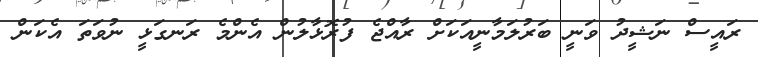
ރައީސް ނަޝީދު ވަނީ ބަރުލަމާނީއަކަށް ރާއްޖެ ފުރޮޅާލުން އެންމެ ރަނގަޅީ ނުވަތަ އެކަން